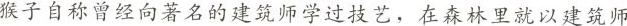
猴子自称曾经向著名的建筑师学过技艺，在森林里就以建筑师